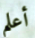
أعلم